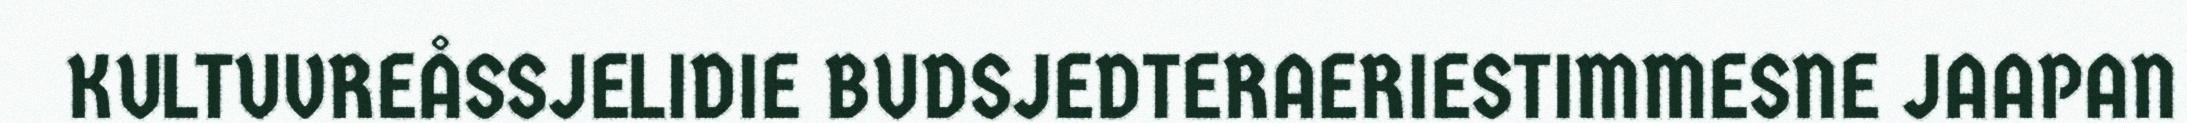
KULTUVREÅSSJELIDIE BUDSJEDTERAERIESTIMMESNE JAAPAN